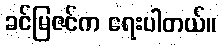
ခင်မြဇင်က ရေးပါတယ်။